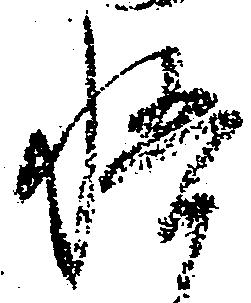
悟